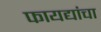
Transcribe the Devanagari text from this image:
फायद्यांचा